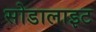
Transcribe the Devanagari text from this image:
सोडालाइट